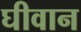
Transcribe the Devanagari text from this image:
घीवान